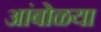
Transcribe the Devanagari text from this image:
आंबोळया